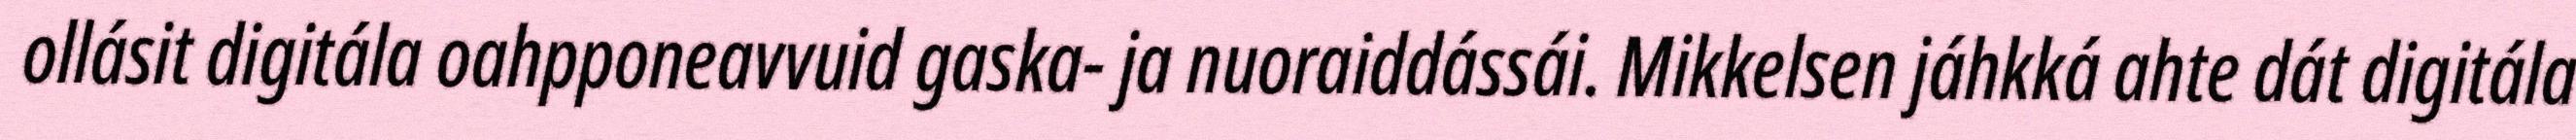
ollásit digitála oahpponeavvuid gaska- ja nuoraiddássái. Mikkelsen jáhkká ahte dát digitála